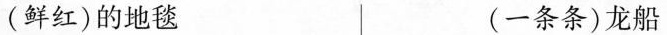
(鲜红)的地毯 (一条条)龙船